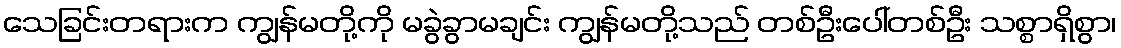
သေခြင်းတရားက ကျွန်မတို့ကို မခွဲခွာမချင်း ကျွန်မတို့သည် တစ်ဦးပေါ်တစ်ဦး သစ္စာရှိစွာ၊